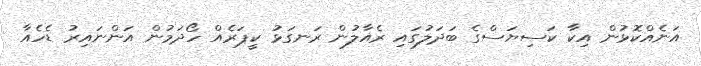
އަނެއްކޮޅުން އިކާ ކަސިޔަސްގެ ބަދަލުގައި ރެއާލުން ރަނގަޅު ކީޕަރެއް ހޯދަމުން އަންނައިރު ޑެހެއާ